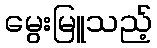
မွေးမြူသည့်